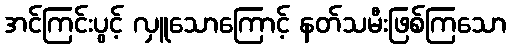
အင်ကြင်းပွင့် လှူသောကြောင့် နတ်သမီးဖြစ်ကြသော